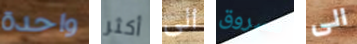
واحدة أكثر الى مسروق الى